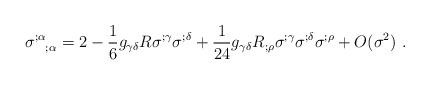
LaTeX: \begin{align*}\sigma ^{;\alpha}_{~~;\alpha }=2-\frac{1}{6}g_{\gamma \delta }R \sigma ^{;\gamma }\sigma ^{;\delta }+\frac{1}{24} g_{\gamma\delta} R_{;\rho }\sigma ^{;\gamma }\sigma ^{;\delta } \sigma^{;\rho}+O(\sigma^2)~.\end{align*}